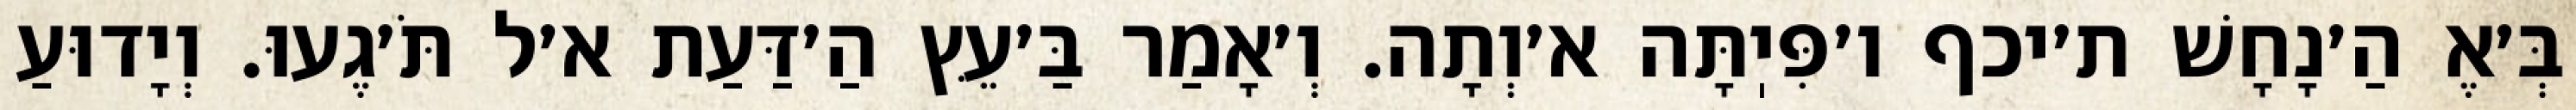
בְּ׳אֶ הַ׳נָחָשׁ ת׳יכף ו׳פִּיֽתָּה א׳וְתָה. וְ׳אָמַר בַּ׳עֵּץ הַ׳דַּעַת א׳ל תֹּ׳גֶעוּ. וְיָדוּעַ